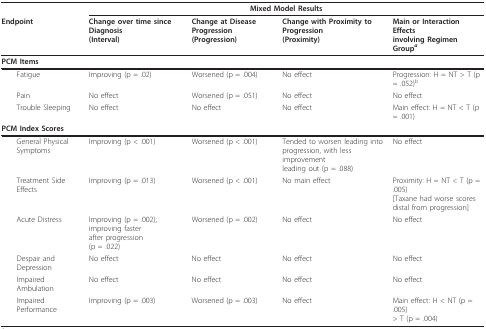
<table><thead><tr><td></td><td colspan="4"><b>Mixed Model Results</b></td></tr><tr><td><b>Endpoint</b></td><td><b>Change over time since Diagnosis(Interval)</b></td><td><b>Change at Disease Progression(Progression)</b></td><td><b>Change with Proximity to Progression(Proximity)</b></td><td><b>Main or Interaction Effectsinvolving Regimen Group<i><sup>a</sup></i></b></td></tr></thead><tbody><tr><td><b>PCM Items</b></td><td></td><td></td><td></td><td></td></tr><tr><td> Fatigue</td><td>Improving (p = .02)</td><td>Worsened (p = .004)</td><td>No effect</td><td>Progression: H = NT &gt; T (p = .052)<sup>b</sup></td></tr><tr><td> Pain</td><td>No effect</td><td>Worsened (p = .051)</td><td>No effect</td><td>No effect</td></tr><tr><td> Trouble Sleeping</td><td>No effect</td><td>No effect</td><td>No effect</td><td>Main effect: H = NT &lt; T (p = .001)</td></tr><tr><td><b>PCM Index Scores</b></td><td></td><td></td><td></td><td></td></tr><tr><td> General Physical Symptoms</td><td>Improving (p &lt; .001)</td><td>Worsened (p &lt; .001)</td><td>Tended to worsen leading intoprogression, with less improvementleading out (p = .088)</td><td>No effect</td></tr><tr><td> Treatment Side Effects</td><td>Improving (p = .013)</td><td>Worsened (p &lt; .001)</td><td>No main effect</td><td>Proximity: H = NT &lt; T (p = .005) [Taxane had worse scoresdistal from progression]</td></tr><tr><td> Acute Distress</td><td>Improving (p = .002); improving fasterafter progression (p = .022)</td><td>Worsened (p = .002)</td><td>No effect</td><td>No effect</td></tr><tr><td> Despair and Depression</td><td>No effect</td><td>No effect</td><td>No effect</td><td>No effect</td></tr><tr><td> Impaired Ambulation</td><td>No effect</td><td>No effect</td><td>No effect</td><td>No effect</td></tr><tr><td> Impaired Performance</td><td>Improving (p = .003)</td><td>Worsened (p = .003)</td><td>No effect</td><td>Main effect: H &lt; NT (p = .005) &gt; T (p = .004)</td></tr></tbody></table>